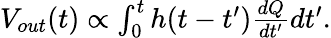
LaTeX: \begin{array}{r}{V_{out}(t)\propto\int_{0}^{t}h(t-t^{\prime})\frac{dQ}{dt^{\prime}}dt^{\prime}.}\end{array}